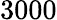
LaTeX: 3000